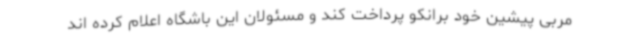
مربی پیشین خود برانکو پرداخت کند و مسئولان این باشگاه اعلام کرده اند